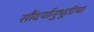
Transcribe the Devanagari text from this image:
सौंदर्यानुभूतीचा